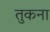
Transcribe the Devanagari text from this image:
तुकना